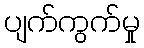
ပျက်ကွက်မှု